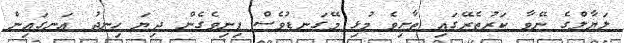
ލަޔާލްގެ ނޭވާ ކަރުތެރޭގައި ތާށިވެ މުޅި މޭގަނޑުވެސް ފިނިވެގެން ދިޔަ ހިނދު އަނގައިން